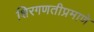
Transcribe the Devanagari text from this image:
शिरगणतीप्रमाणे